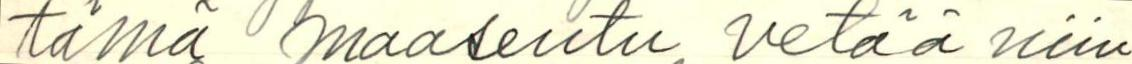
tämä maaseutu vetää niin